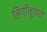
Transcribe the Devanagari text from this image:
लिगाँनुपात